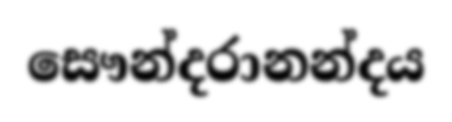
සෞන්දරානන්දය